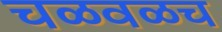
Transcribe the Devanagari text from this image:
चळवळच